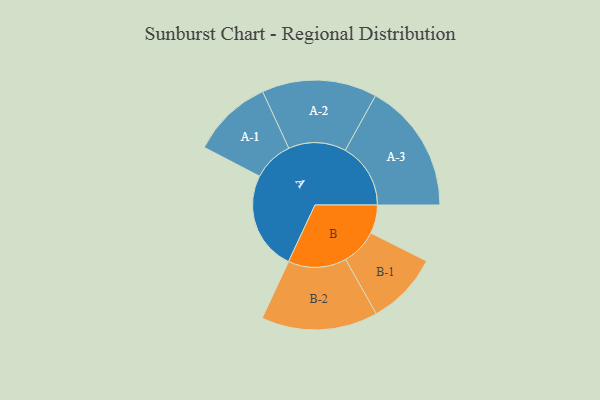
{"axis": {"x": "Segment", "y": "Value"}, "legend": ["", "A", "B"], "data": [{"x": "A", "y": 392, "type": ""}, {"x": "B", "y": 113, "type": ""}, {"x": "A-1", "y": 160, "type": "A"}, {"x": "A-2", "y": 228, "type": "A"}, {"x": "A-3", "y": 259, "type": "A"}, {"x": "B-1", "y": 144, "type": "B"}, {"x": "B-2", "y": 231, "type": "B"}]}